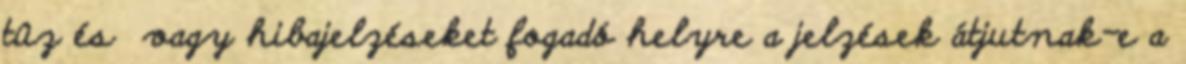
tûz és vagy hibajelzéseket fogadó helyre a jelzések átjutnak-e a